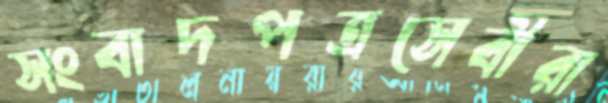
সংবাদপত্রসেবীরা